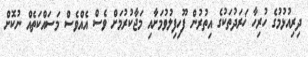
ދިރިއުޅުމުގެ ހުރިހާ ޚަރަދުތަކުގެ އިތުރުން ފޫހިފިލުވުމަށާއި މަޖާކުރުމަށް ވެސް އެއްވެސް މަސައްކަތެއް ނުކޮށް